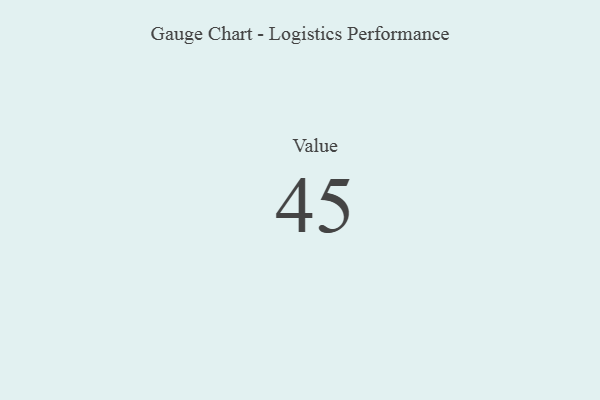
{"axis": {"x": "Metric", "y": "Value"}, "legend": [""], "data": [{"x": "Value", "y": 45, "type": ""}]}